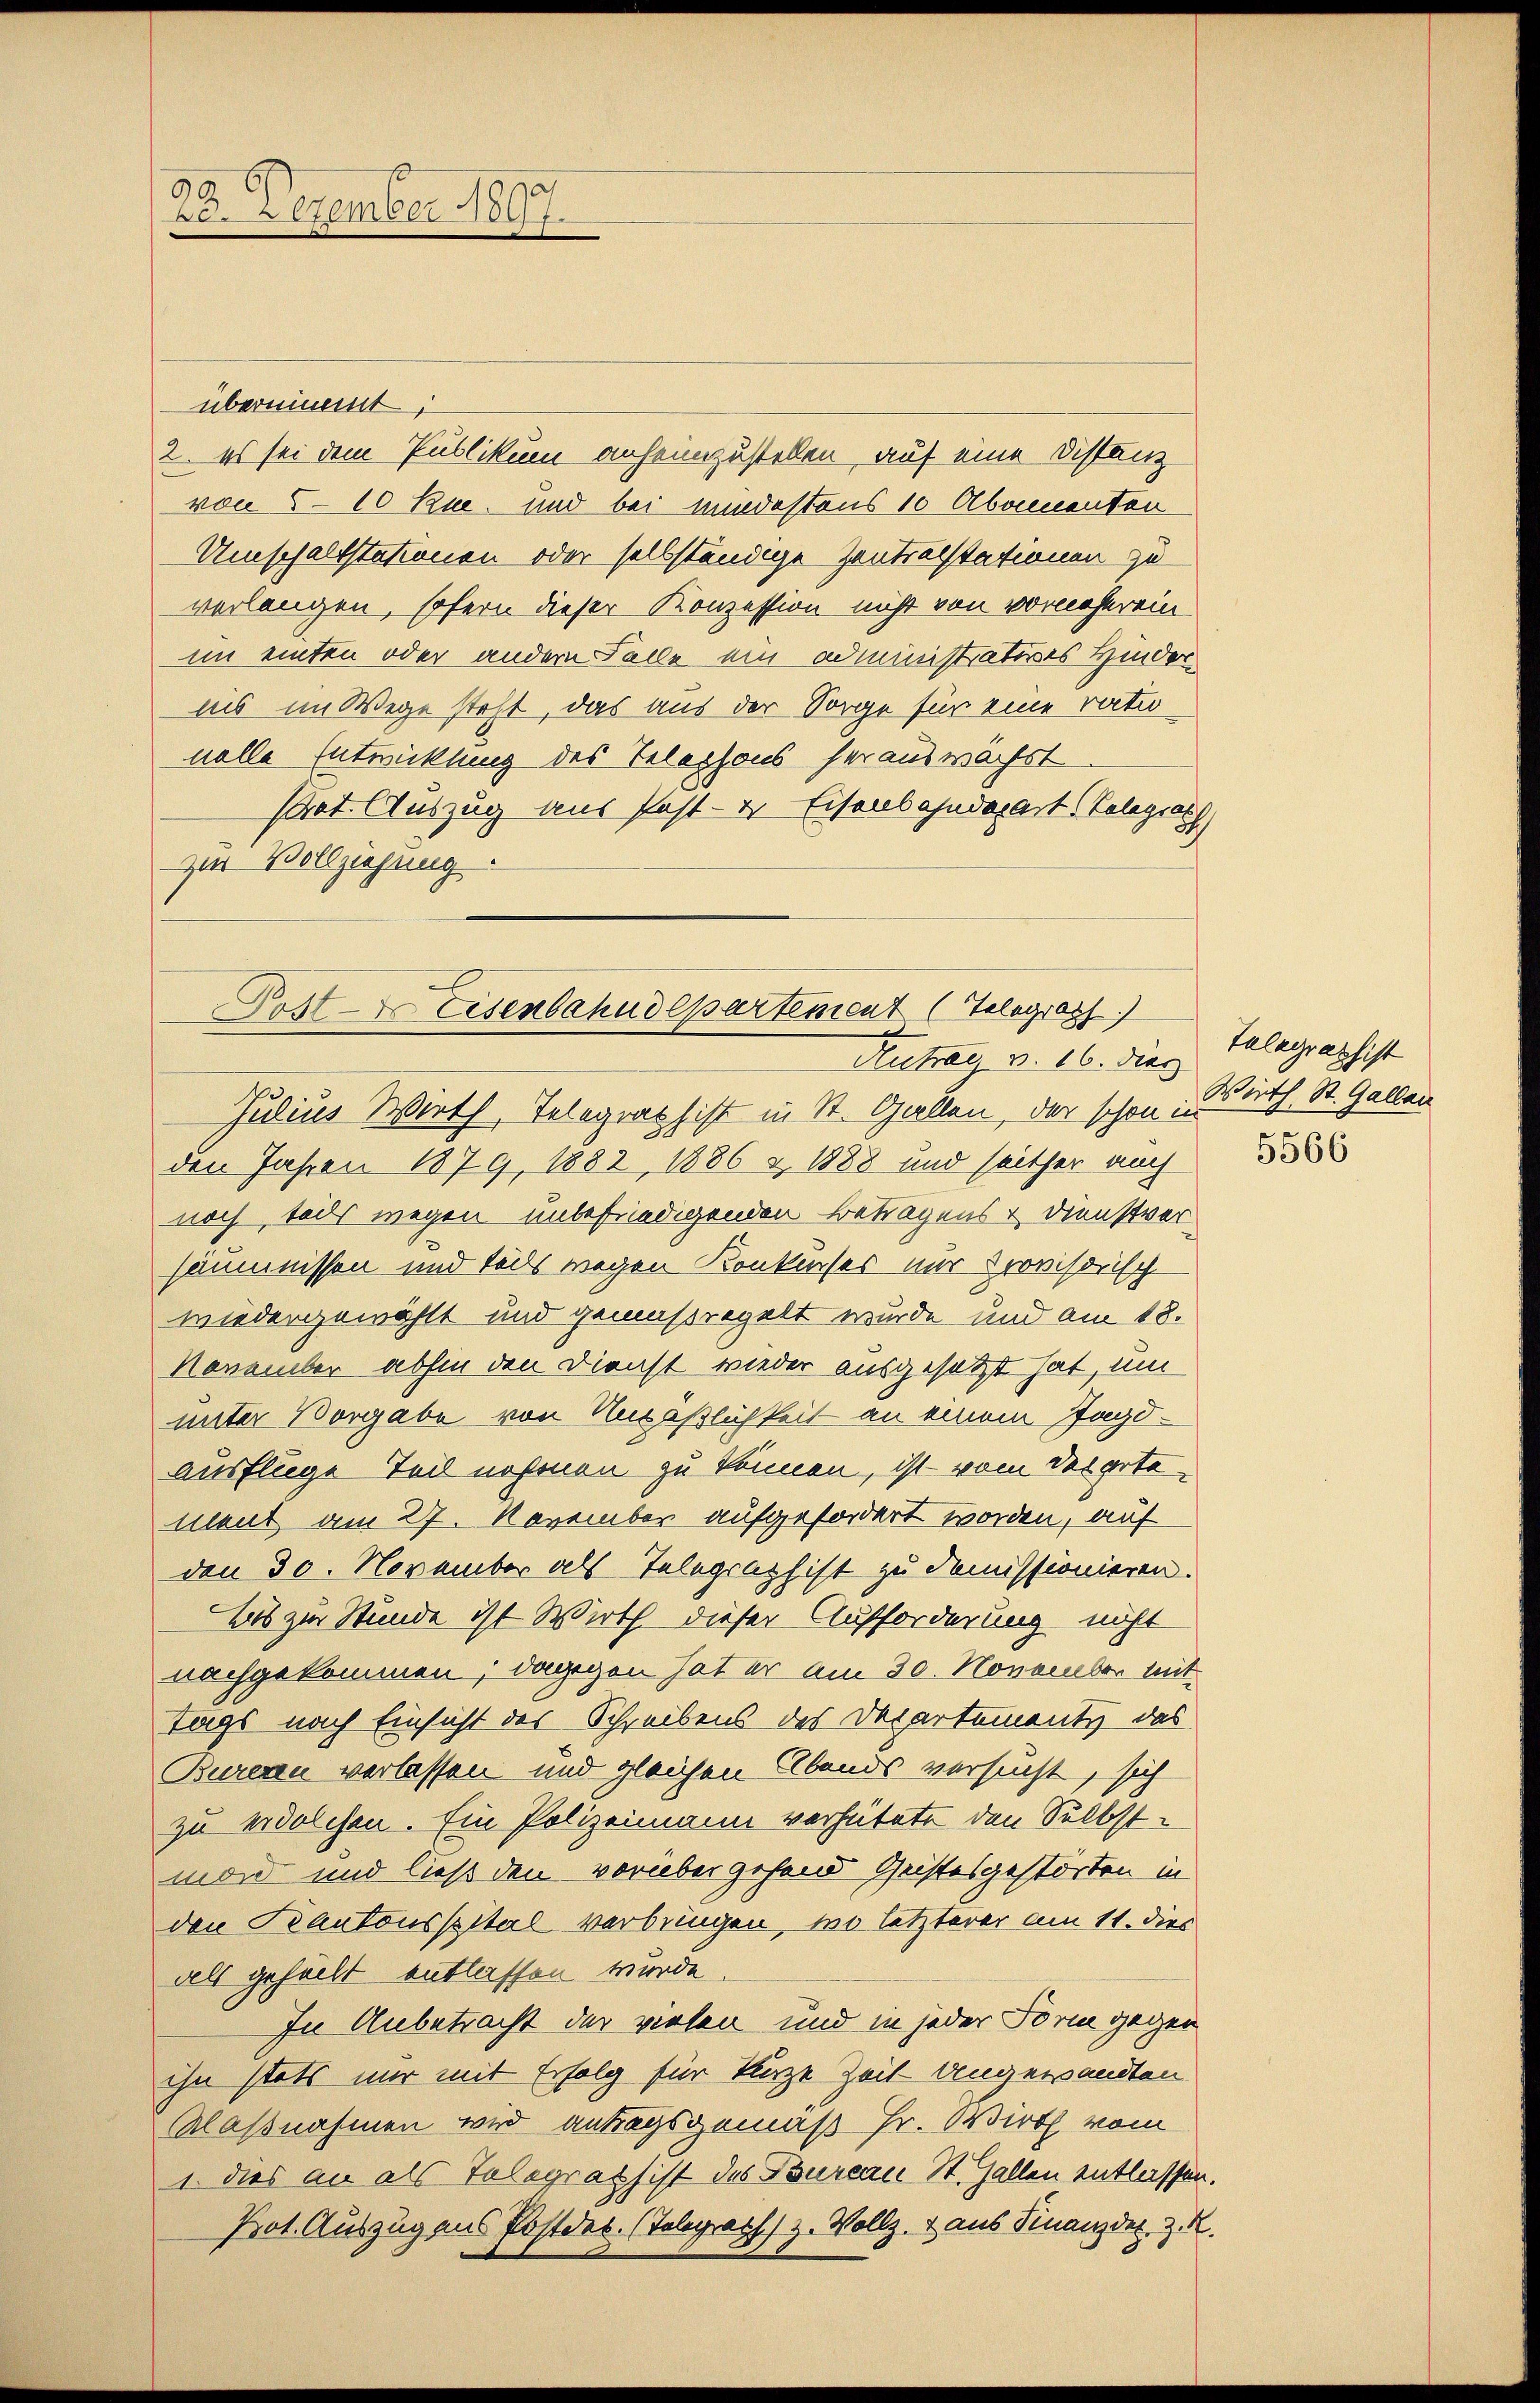
30.
20. Dezember 1897.

übernimmt;
2. es sei dem Publikum anheimzustellen, auf eine Distanz
von 5-10 Rue und bei mindestens 10 Abamenten
Umschaltstationen oder selbständige Zentralstationen zu
verlangen, sofern dieser Konzession nicht von vorneherein
im einten oder andern Falle ein administratives Hinder
ins im Wege steht, das aus der Sorge für eine ratio
nolle Entwicklung des Telephons herauswächst
Pret. Auszug aus Post- & Eisenbahndepart Teleges
zur Vollziehung
Julius Werth, Telegrath ist in St. Gallen, der schon in
den Jahren 1879, 1882, 1886 & 1888 und seither auch
noch tods wegen unbefriedigenden Betragens & Dienstver
säumnissen und teils wegen Konkurses nur provisorisch
wiedergewählt und gemaßregelt wurde und am 18.
November abhin den Dienst wieder ausgesetzt hat, um
unter Vorgabe von Unpäßlichkeit an einem Jagd-
ausflüge Teil nehmen zu können, ist vom des arte¬
Mlent am 27. November aufgefordert worden, auf
den 30. November als Telegraphist zu demissionieren.
Als zur Stunde ist Wirth dieser Aufforderung nicht
nachgekommen; dagegen hat er am 30. November mit
Tags nach Einsicht des Schreibens des Departements das
Bureau verlassen und gleichen Abends versucht, sich
zu erdolchen. Ein Polizeimann verhütete den Selbstmond und ließ den vorübergehend Geistesgestörten in
den Kantonsspital verbringen, wo letzterer am 11. dies
als geheilt entlassen wurde.
In Anbetracht der vielen und in jeder Form gegen
ihn stets nur mit Erfolg für klaze Zeit Ungewandten
Klaßnahmen wird antragsgemäß Hr. Wirth vom
1. dies an als Telegrath ist des Bureau St. Gallen entlassen.
Pot. Auszug aus Postder. (Telegrath, z. Vollz, 2 aus Finanzdes. z. K.

Post- Eisenbahndepartement (Telegraph
e
Aufrei v. 16. Diez

Telegraphist
Wirth. St. Gallau
5566